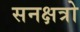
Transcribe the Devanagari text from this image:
सनक्षत्रो